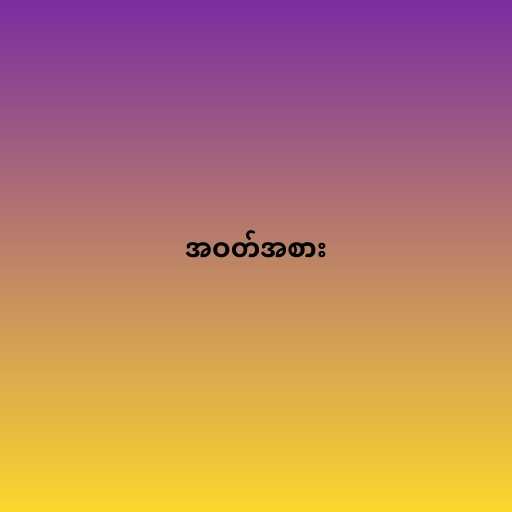
အဝတ်အစား